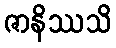
ဇာနိဿသိ